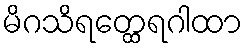
မိဂသိရတ္ထေရဂါထာ